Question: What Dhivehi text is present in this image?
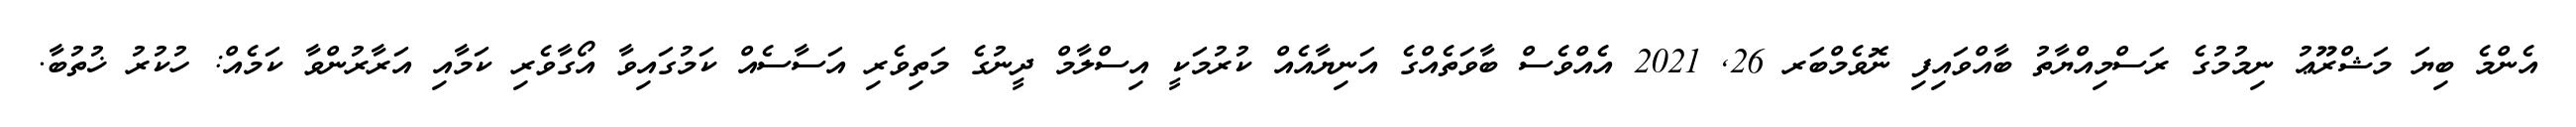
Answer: އެންމެ ބިޔަ މަޝްރޫޢު ނިމުމުގެ ރަސްމިއްޔާތު ބާއްވައިފި ނޮވެމްބަރ 26, 2021 އެއްވެސް ބާވަތެއްގެ އަނިޔާއެއް ކުރުމަކީ އިސްލާމް ދީނުގެ މަތިވެރި އަސާސެއް ކަމުގައިވާ އޯގާވެރި ކަމާއި އަރާރުންވާ ކަމެއް: ހުކުރު ޚުތުބާ.